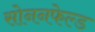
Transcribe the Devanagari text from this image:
सोननफेल्ड